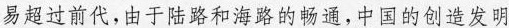
易超过前代，由于陆路和海路的畅通，中国的创造发明